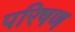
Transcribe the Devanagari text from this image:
परिषण